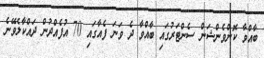
ބާއްވާ ކޮންވެންޝަން ސެންޓަރުގައި ބާއްވާ ދެ ވަނަ ފެއާގައި 70 އުފެއްދުން ދައްކާލެވޭނެ